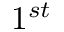
1 ^ { s t }